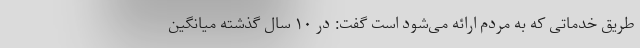
طریق خدماتی که به مردم ارائه می‌شود است گفت: در ۱۰ سال گذشته میانگین